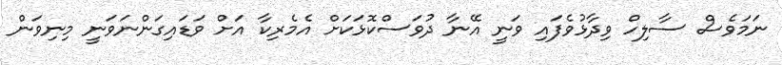
ނަމަވެސް ސާލިހް ވިދާޅުވެފައި ވަނީ އޭނާ ދުވަސްކޮޅަކަށް އެމެރިކާ އަށް ވަޑައިގަންނަވަނީ މިނިވަން